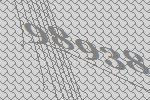
98938